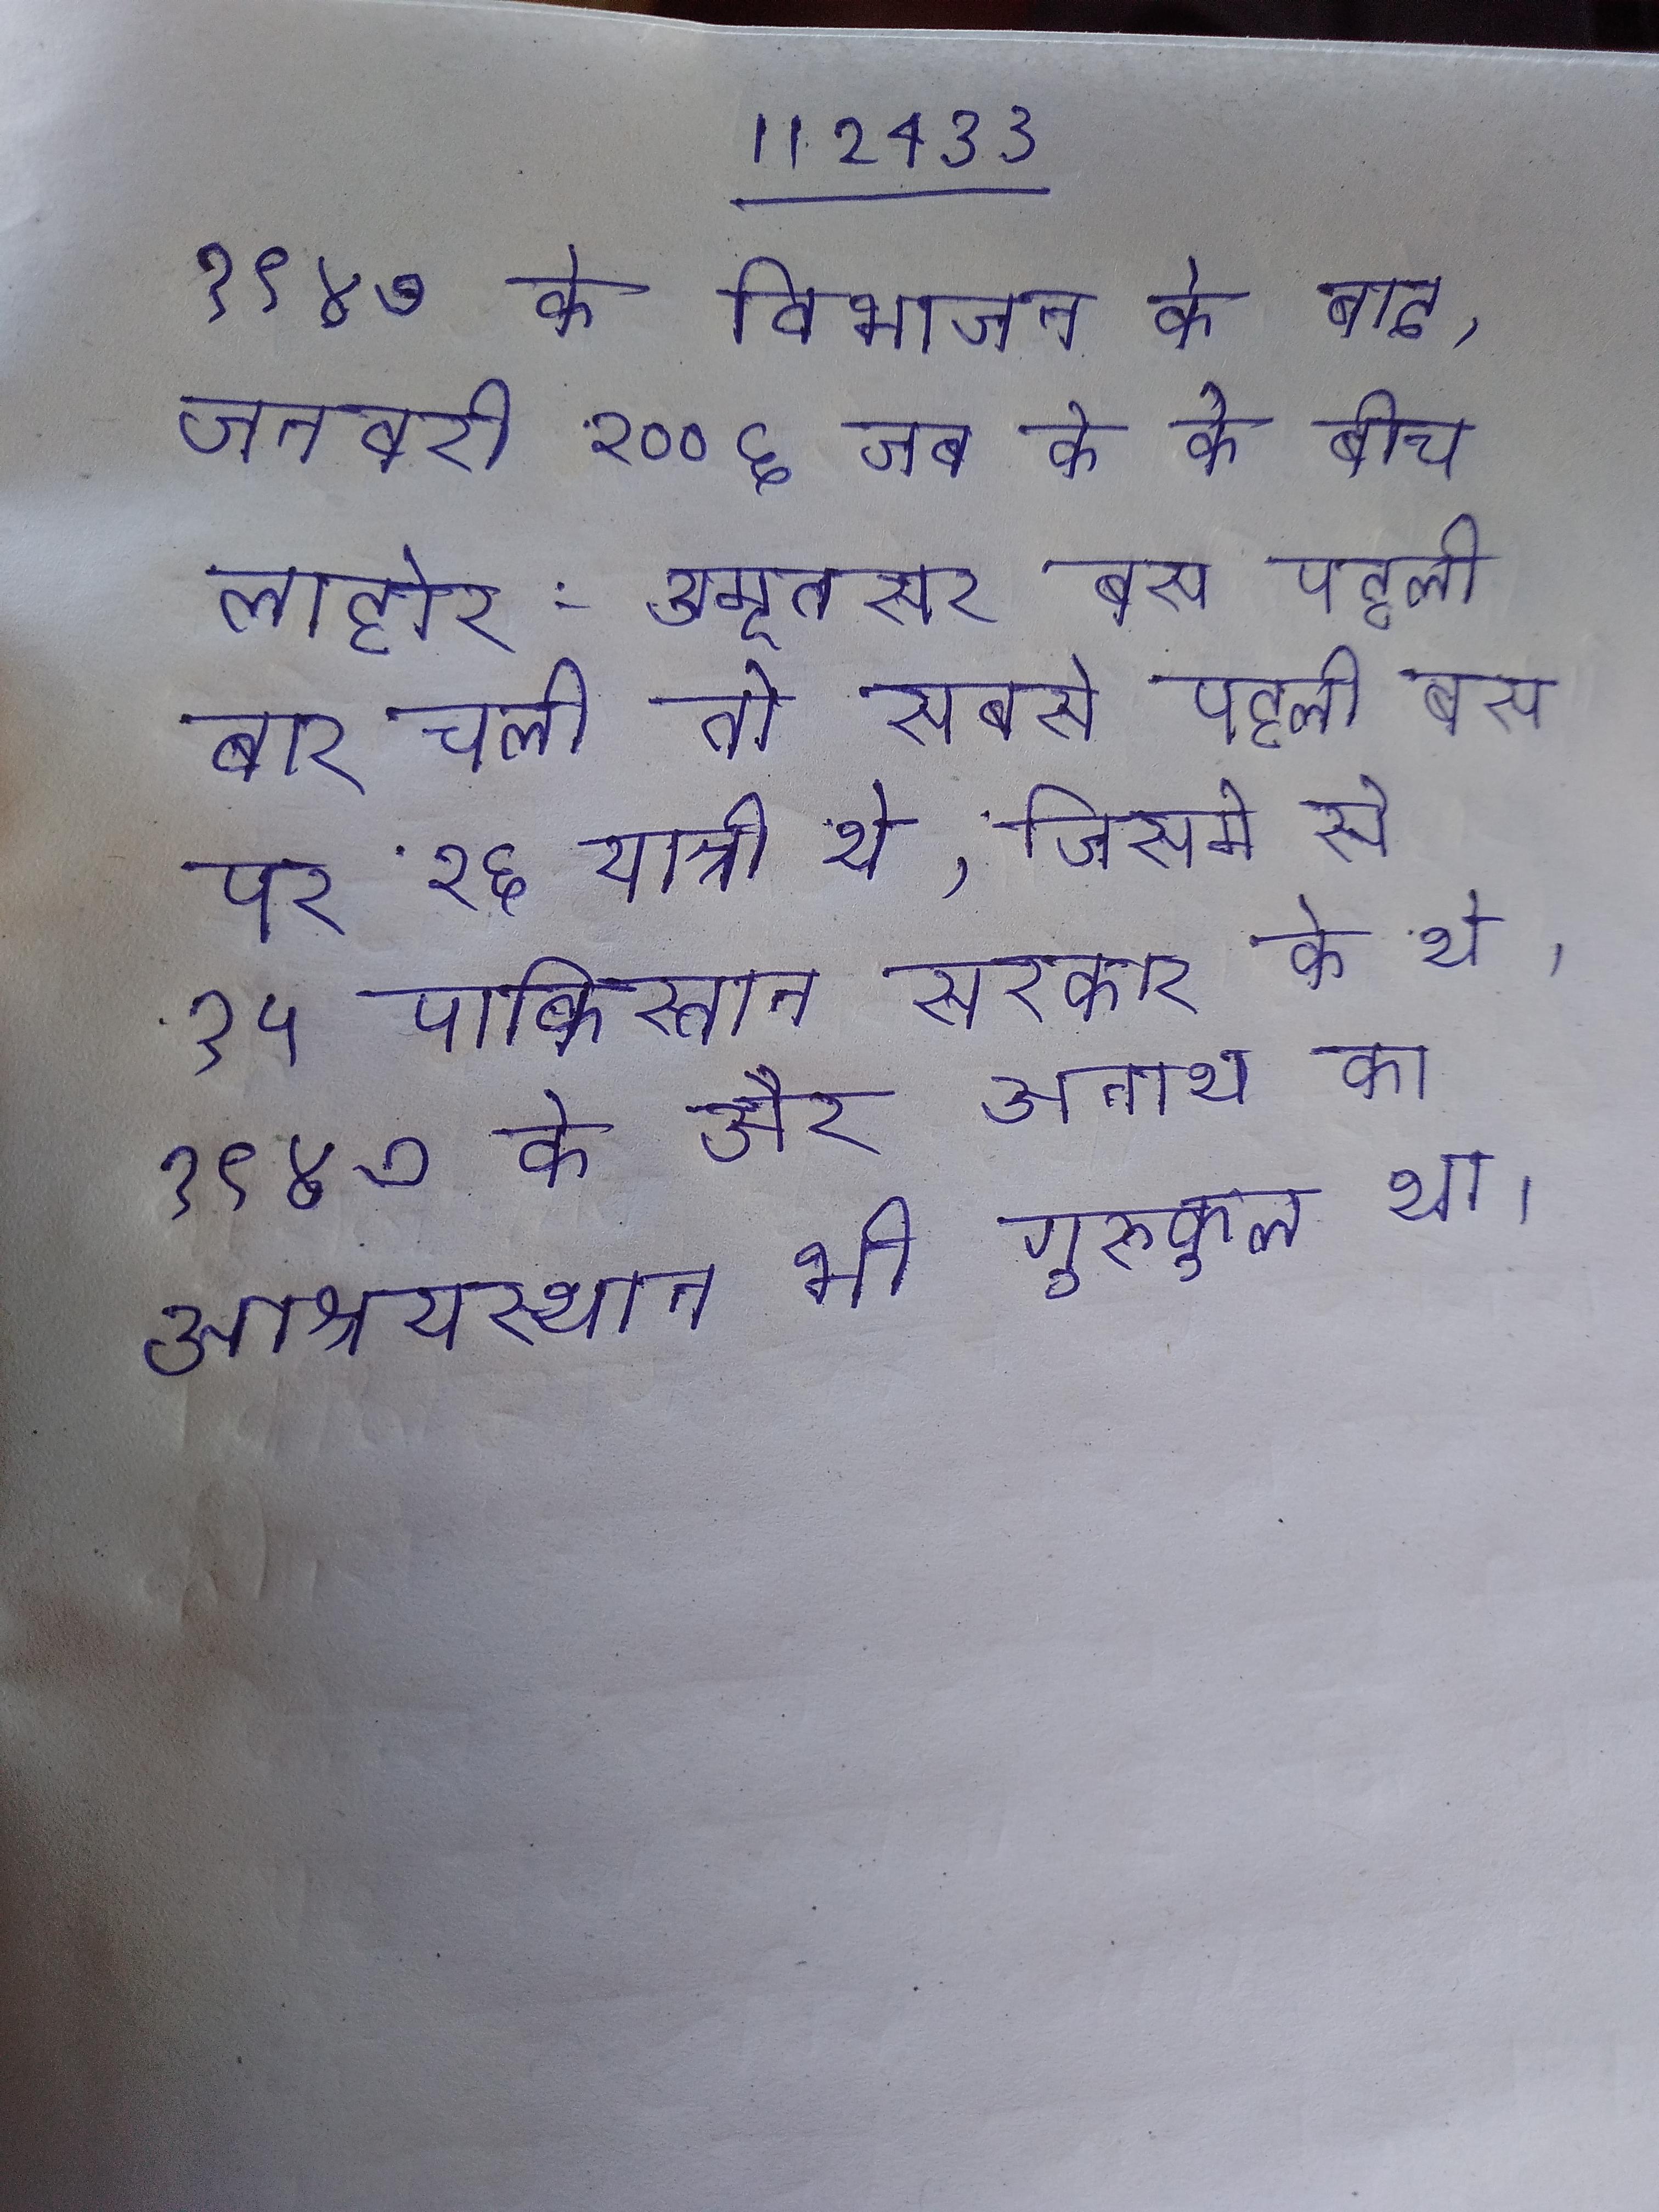
१९४७ के विभाजन के बाद, जनवरी २००६ जब के के बीच लाहोर-अमृतसर बस पहली बार चली तो सबसे पहली बस पर २६ यात्री थे, जिसमे से १५ पाकिस्तान सरकार के थे । १९४७ के और अनाथ का आश्रयस्थान भी गुरुकुल था ।